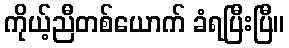
ကိုယ့်ညီတစ်ယောက် ခံရပြီးပြီ။